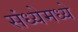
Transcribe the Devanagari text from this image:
संध्येमध्ये